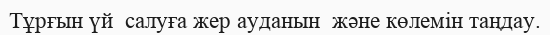
Тұрғын үй  салуға жер ауданын  және көлемiн таңдау.